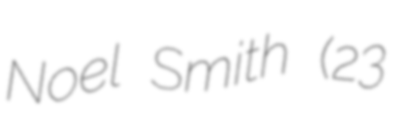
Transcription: Noel Smith (23